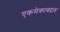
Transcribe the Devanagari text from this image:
एकमेकाबद्दल